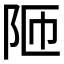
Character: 𮤼